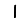
Digit: 1